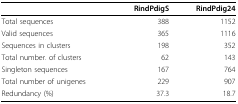
<table><thead><tr><td>[EMPTY_CELL]</td><td><b>RindPdigS</b></td><td><b>RindPdig24</b></td></tr></thead><tbody><tr><td>Total sequences</td><td>388</td><td>1152</td></tr><tr><td>Valid sequences</td><td>365</td><td>1116</td></tr><tr><td>Sequences in clusters</td><td>198</td><td>352</td></tr><tr><td>Total number. of clusters</td><td>62</td><td>143</td></tr><tr><td>Singleton sequences</td><td>167</td><td>764</td></tr><tr><td>Total number of unigenes</td><td>229</td><td>907</td></tr><tr><td>Redundancy (%)</td><td>37.3</td><td>18.7</td></tr></tbody></table>